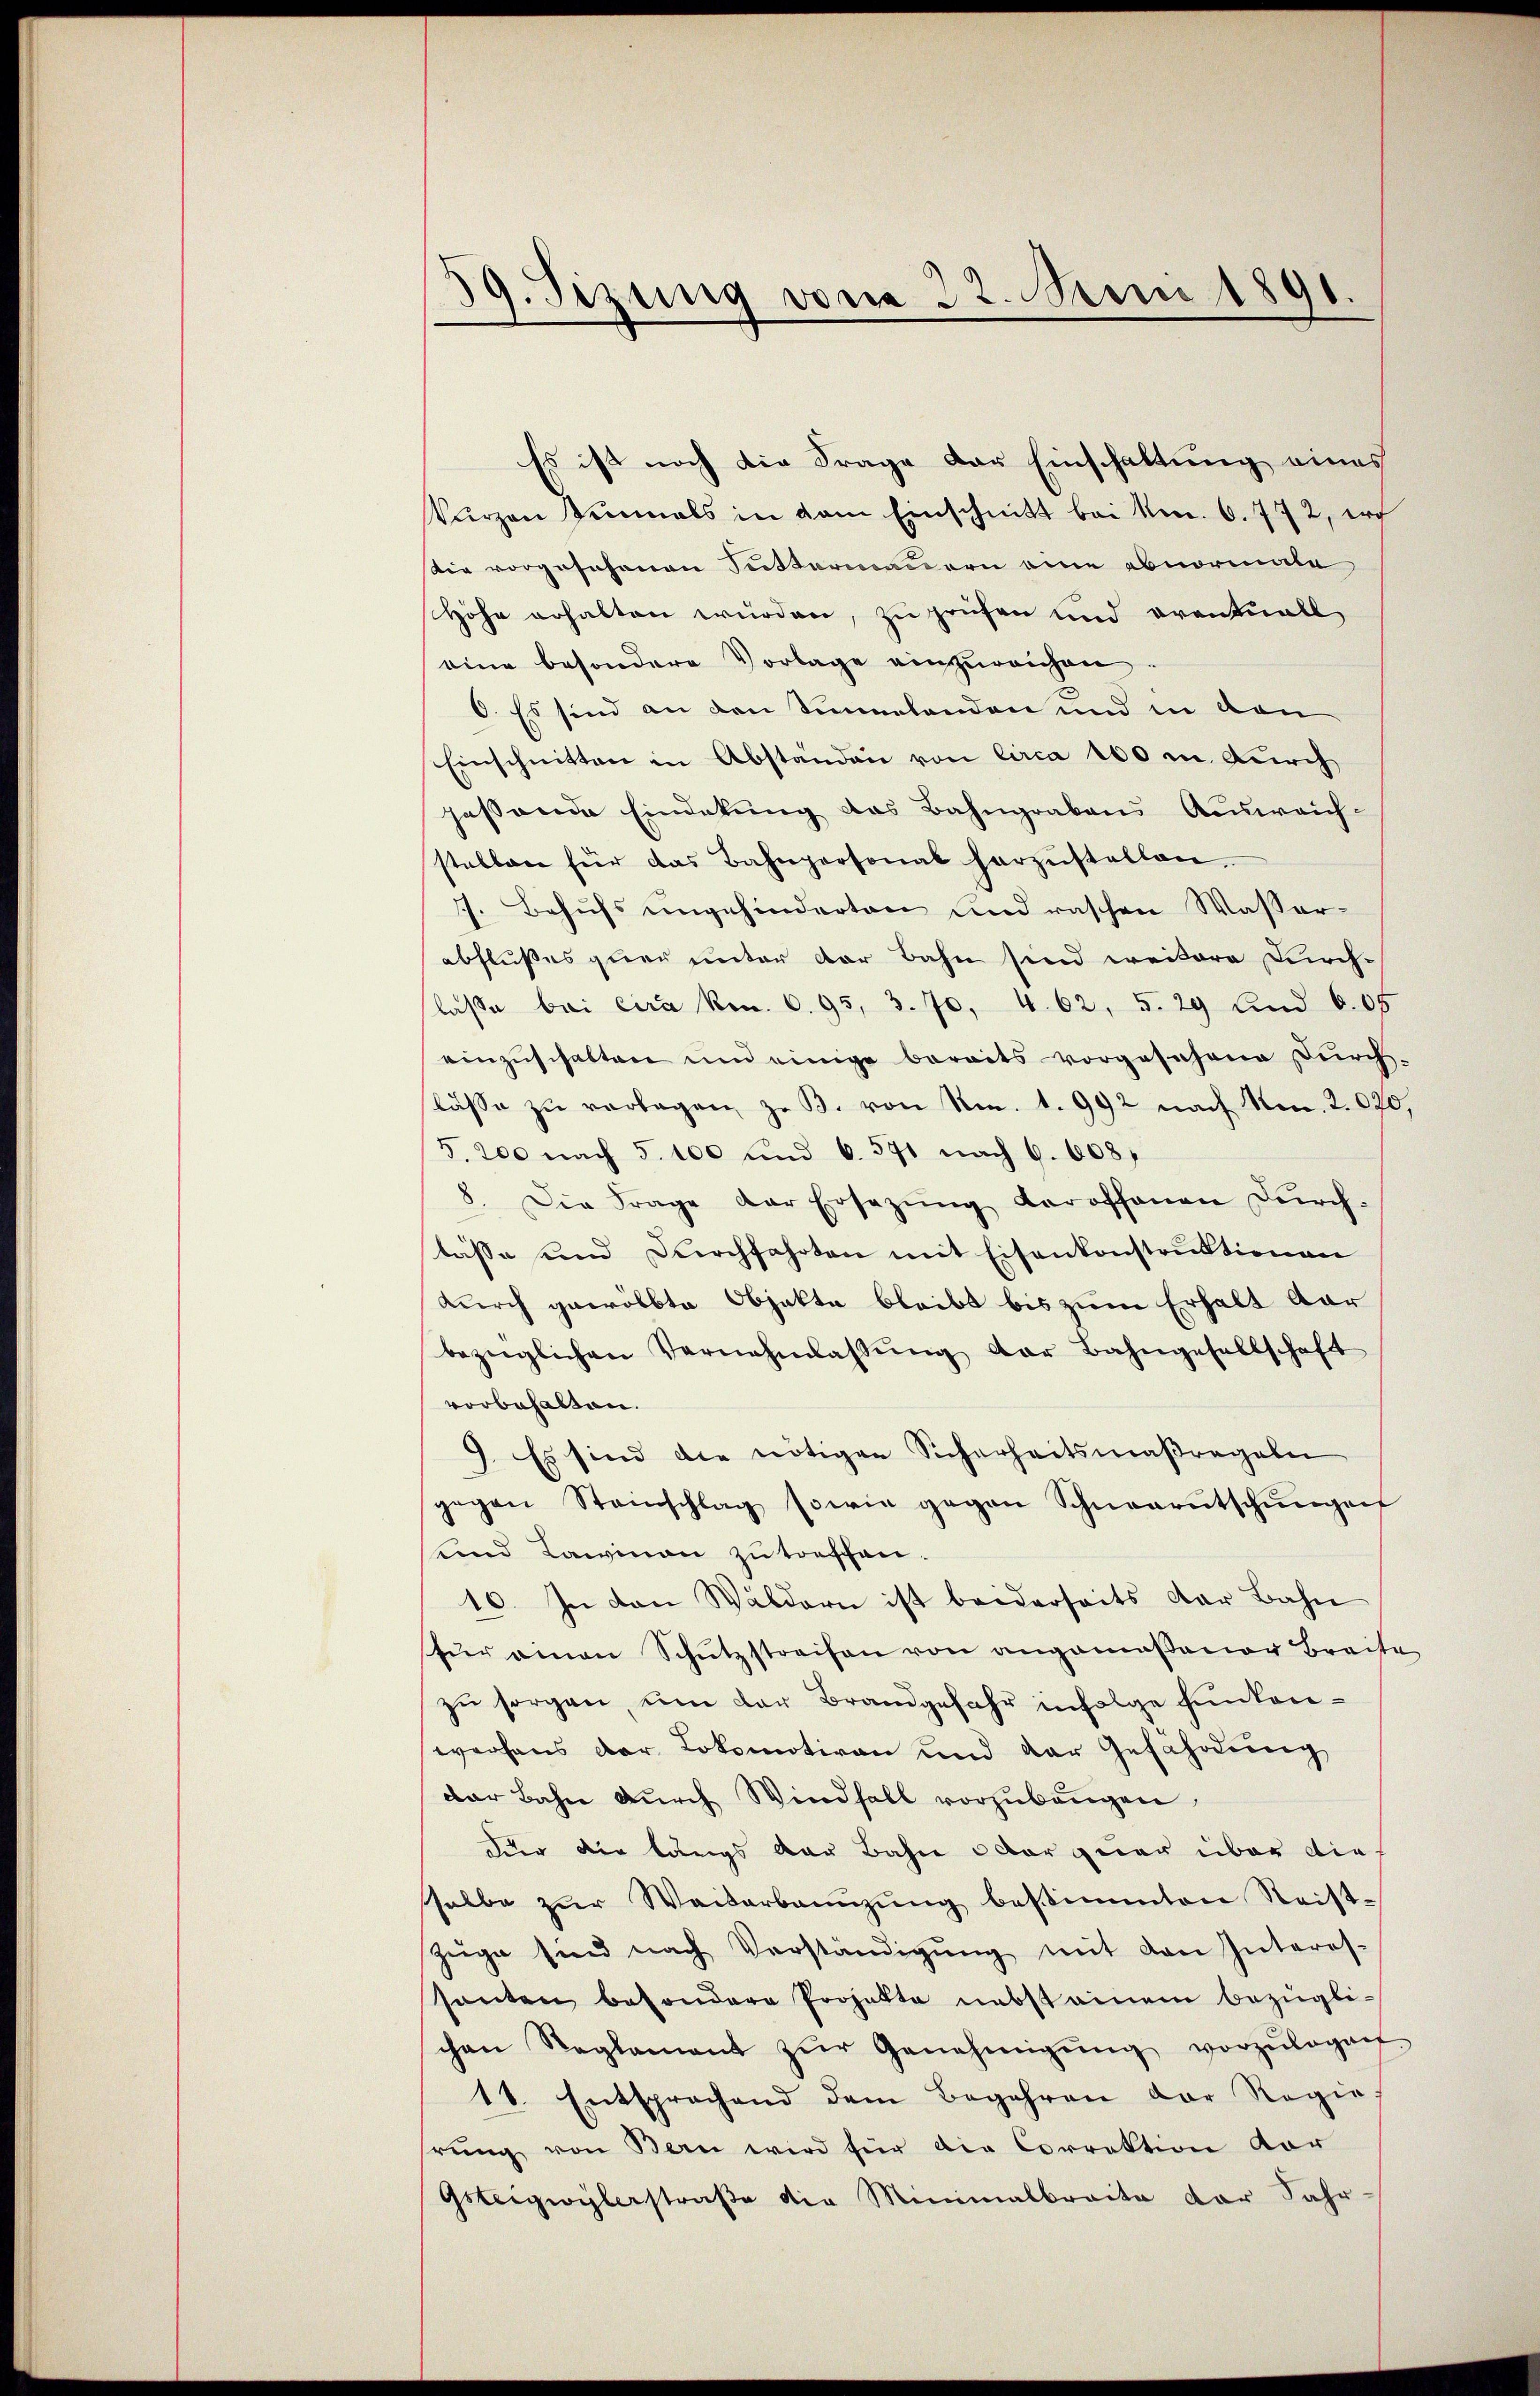
39. Sizung vom 22. Juni 1891

Es ist noch die Frage der Einschaltung eines
kurzen Einmals in dem Einschnitt bei kn. 6. 772, irch
Die vorgesehenen Suttermauern eine abnormale
Höhe erhalten würden, zu prüfen und eventuell
eine besondere Vorlage einzureichen
O. Es sind an den Sinnlanden und in von
Einschnitten in Abständen von Circa 100 in durch
passende Eindrkung das Bahngrabens Ausweich-
stallen für das Bahnpersonal herzŭstellen.
7. Behufs ungehinderten und raschen Wasser-
abflußes quer unter der Bahn sind weitere Durch-
lasse bei Cira kn. 6. 95, 3. 70, 4. 62, 5. 29 Lind 605
einzuschalten und einige bereits vorgesehene Durch-
lässe zu verlagen zu B. von Nr. 1. 992 nach No. 2.020,
(S. 200 nach 5. 100 und 6. 571 nach 6. 608,
8. Die Frage der Ersezung daroffenen Dŭrch-
lasse und Durchfahrten mit Eisenkonstruktionen
durch gewölbte Objekte bleibt bis zum Erhalt dar
bezüglichen Vernehmlaβŭng der Bahngesellschaft
vorbehalten.
9. Es sind die nötigen Sicherheitsmaßregeln
gegen Steinschlag sowie gegen Schneerutschŭngen
und Lawinen zu treffen.
10. In den Waldern ist beiderseits der Bahn
für einen Schŭtzstreifen von angemaβaner Breite
zu sorgen, um der Brandgefahr infolge funkenwerfens der Lokomotiven und der Gefährdung
dar Bahn durch Windfall vorzubeugen
Der die längs der Bahn oder gar über die
halbe zŭr Waiserbannzŭng bestimmten Reist-
Züge sind nach Verständigŭng mit den Interes-
santen besondere Projekte nebst einem bezügli-
schen Reglement zŭr Genehmigŭng vorzŭlegen-
11. Entsprachend dem Begehren der Regie-
hrung von Bern wird für die Correktion vor
Gsteigwylerstraße die Minimalbraite der Fahr-